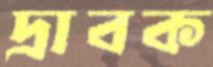
দ্রাবক